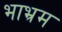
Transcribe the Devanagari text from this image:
भाभ्रम